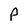
Character: P